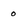
Character: o